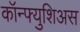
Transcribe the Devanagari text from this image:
कॉन्फ्युशिअस